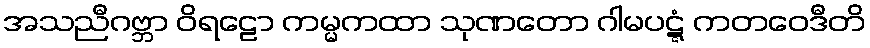
အသညီဂဗ္ဘာ ဝိရဠော ကမ္မကထာ သုဏတော ဂါမပဋ္ဋံ ကတဝေဒီတိ